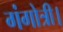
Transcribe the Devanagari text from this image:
गंगोत्री।